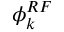
\phi _ { k } ^ { R F }